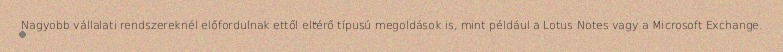
Nagyobb vállalati rendszereknél előfordulnak ettől eltérő típusú megoldások is, mint például a Lotus Notes vagy a Microsoft Exchange.